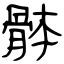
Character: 骵